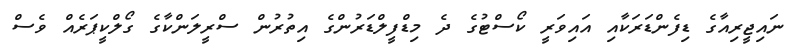
ނައިޖީރިއާގެ ޑިފެންޑަރަކާއި އައިވަރީ ކޯސްޓުގެ ދެ މިޑްފީލްޑަރުންގެ އިތުރުން ސްރީލަންކާގެ ގޯލްކީޕަރެއް ވެސް